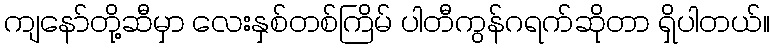
ကျနော်တို့ဆီမှာ လေးနှစ်တစ်ကြိမ် ပါတီကွန်ဂရက်ဆိုတာ ရှိပါတယ်။